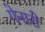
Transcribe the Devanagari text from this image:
गेनारो